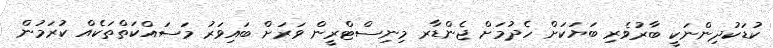
ކުޑަކުދިންނަކީ ބާރުވެރި ބަޔަކަށް ހެދުމަށް ޖެންޑާރ މިނިސްޓްރީން ވަރަށް ބައިވަރު މަސައްކަތްތަކެއް ކުރަމުން